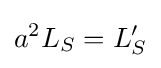
a^{2}L_{S}=L_{S}^{\prime }